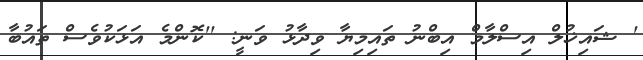
' ޝައިޚުލް އިސްލާމް އިބްނު ތައިމިޔާ ވިދާޅު ވަނީ: ''ކޮންމެ އަޅަކުވެސް ތައުބާ